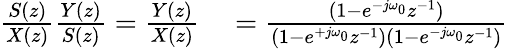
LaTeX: \begin{array}{rl}{{\frac{S(z)}{X(z)}}{\frac{Y(z)}{S(z)}}={\frac{Y(z)}{X(z)}}}&{{}={\frac{(1-e^{-j\omega_{0}}z^{-1})}{(1-e^{+j\omega_{0}}z^{-1})(1-e^{-j\omega_{0}}z^{-1})}}}\end{array}